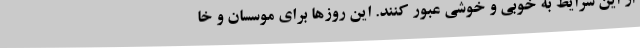
از این شرایط به خوبی و خوشی عبور کنند. این روزها برای موسسان و خا